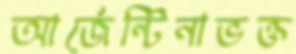
আর্জেন্টিনাভক্ত